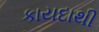
કાયદાથી